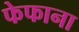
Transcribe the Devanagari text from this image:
फेफाना